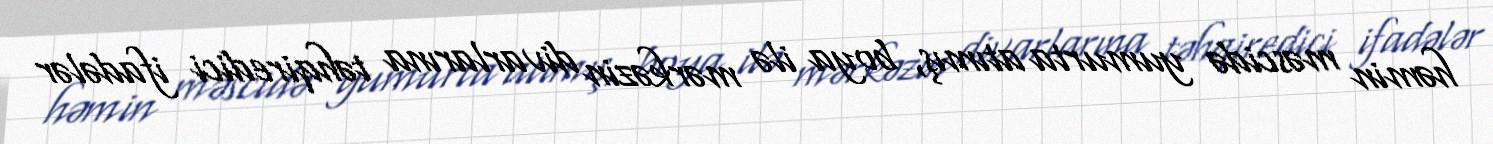
həmin məscidə yumurta atımış, boya ilə mərkəzin divarlarına təhqiredici ifadələr